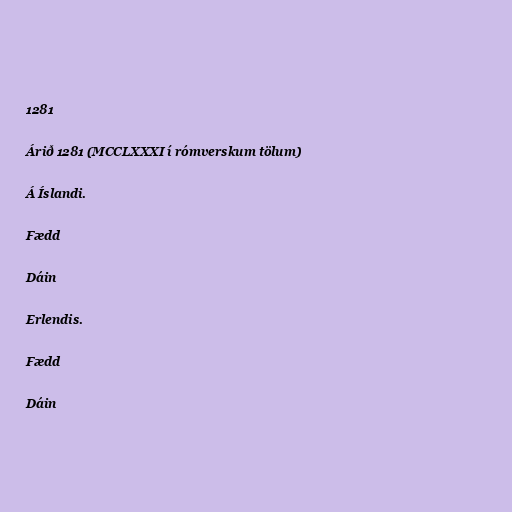
1281

Árið 1281 (MCCLXXXI í rómverskum tölum)

Á Íslandi.

Fædd

Dáin

Erlendis.

Fædd

Dáin